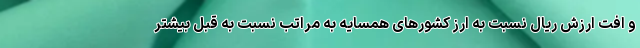
و افت ارزش ریال نسبت به ارز کشورهای همسایه به مراتب نسبت به قبل بیشتر